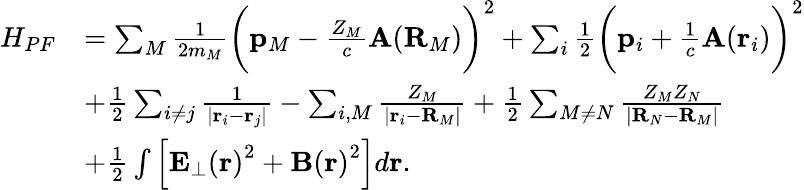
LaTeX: \begin{array}{rl}{H_{PF}}&{=\sum_{M}\frac{1}{2m_{M}}\bigg(\mathbf{p}_{M}-\frac{Z_{M}}{c}\mathbf{A}(\mathbf{R}_{M})\bigg)^{2}+\sum_{i}\frac{1}{2}\bigg(\mathbf{p}_{i}+\frac{1}{c}\mathbf{A}(\mathbf{r}_{i})\bigg)^{2}}\\ &{+\frac{1}{2}\sum_{i\neq j}\frac{1}{|\mathbf{r}_{i}-\mathbf{r}_{j}|}-\sum_{i,M}\frac{Z_{M}}{|\mathbf{r}_{i}-\mathbf{R}_{M}|}+\frac{1}{2}\sum_{M\neq N}\frac{Z_{M}Z_{N}}{|\mathbf{R}_{N}-\mathbf{R}_{M}|}}\\ &{+\frac{1}{2}\int\left[\mathbf{E}_{\perp}\left(\mathbf{r}\right)^{2}+\mathbf{B}\left(\mathbf{r}\right)^{2}\right]d\mathbf{r}.}\end{array}